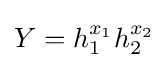
Y=h_{1}^{x_{1}}h_{2}^{x_{2}}